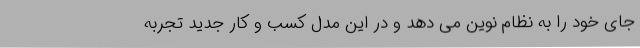
جای خود را به نظام نوین می دهد و در این مدل کسب و کار جدید تجربه